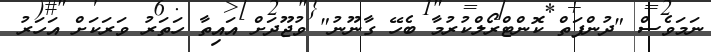
ނަމަވެސް "ދުންފަތް ކޮންޓްރޯލްކުރުމާ ބެހޭ ގާނޫނު" ވުޖޫދަށް އައިތާ ހަތަރު ވަރަކަށް އަހަރު